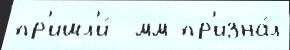
пр'ишл'и́  мм пр'изна́л